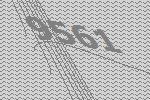
9561